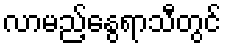
လာမည့်နွေရာသီတွင်